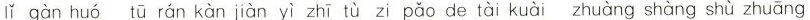
lǐ gàn huó tū rán kàn jiàn yì zhī tù zi páo de tài kuài zhuàng shàng shù zhuāng